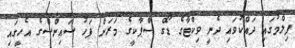
ފިލްމުގައި ދައްކުވައި ދެނީ ވިކްޓާގެ ޑޯގް ސްޕާކީގެ މަރަށް ފަހު ސައިންސްގެ އެހީގައި